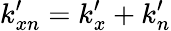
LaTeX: k_{xn}^{\prime}=k_{x}^{\prime}+k_{n}^{\prime}